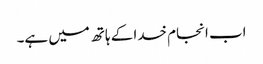
اب انجام خدا کے ہاتھ میں ہے۔